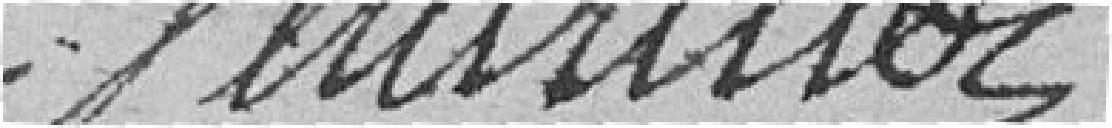
Ventrillon